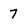
Character: 7